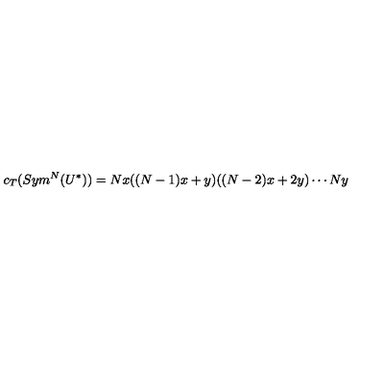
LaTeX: c _ { T } ( S y m ^ { N } ( U ^ { * } ) ) = N x ( ( N - 1 ) x + y ) ( ( N - 2 ) x + 2 y ) \cdots N y